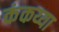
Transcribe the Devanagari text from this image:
कंकय्या